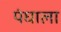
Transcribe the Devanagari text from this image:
पंघाला